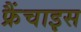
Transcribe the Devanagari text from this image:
फ्रैंचाइस